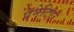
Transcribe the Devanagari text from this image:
पेनेटिएर